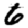
Digit: 6